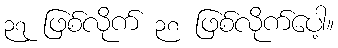
၃၇ ဖြစ်လိုက် ၃၈ ဖြစ်လိုက်ပေါ့။